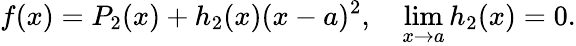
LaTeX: f(x)=P_{2}(x)+h_{2}(x)(x-a)^{2},\quad\operatorname*{lim}_{x\to a}h_{2}(x)=0.